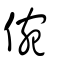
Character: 倇